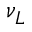
\nu _ { L }